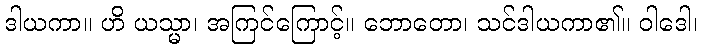
ဒါယကာ။ ဟိ ယသ္မာ၊ အကြင်ကြောင့်။ ဘောတော၊ သင်ဒါယကာ၏။ ဝါဒေါ၊